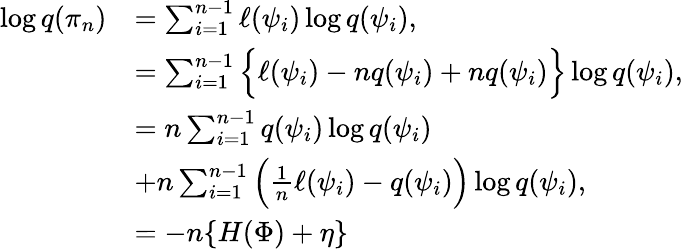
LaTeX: \begin{array}{rl}{\log q(\pi_{n})}&{=\sum_{i=1}^{n-1}\ell(\psi_{i})\log q(\psi_{i}),}\\ &{=\sum_{i=1}^{n-1}\Big\{ \ell(\psi_{i})-nq(\psi_{i})+nq(\psi_{i})\Big\} \log q(\psi_{i}),}\\ &{=n\sum_{i=1}^{n-1}q(\psi_{i})\log q(\psi_{i})}\\ &{+n\sum_{i=1}^{n-1}\Big(\frac{1}{n}\ell(\psi_{i})-q(\psi_{i})\Big)\log q(\psi_{i}),}\\ &{=-n\{ H(\Phi)+\eta\} }\end{array}